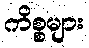
ကိစ္စများ